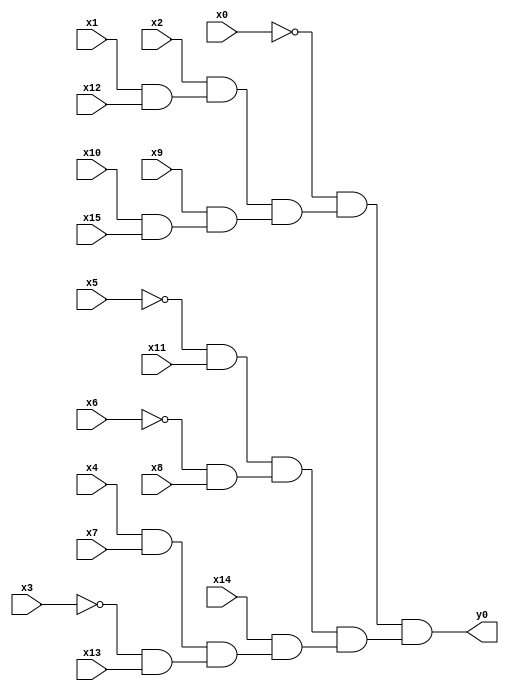
module top( x0 , x1 , x2 , x3 , x4 , x5 , x6 , x7 , x8 , x9 , x10 , x11 , x12 , x13 , x14 , x15 , y0 );
  input x0 , x1 , x2 , x3 , x4 , x5 , x6 , x7 , x8 , x9 , x10 , x11 , x12 , x13 , x14 , x15 ;
  output y0 ;
  wire n17 , n18 , n19 , n20 , n21 , n22 , n23 , n24 , n25 , n26 , n27 , n28 , n29 , n30 , n31 ;
  assign n17 = x1 & x12 ;
  assign n18 = x2 & n17 ;
  assign n19 = x10 & x15 ;
  assign n20 = x9 & n19 ;
  assign n21 = n18 & n20 ;
  assign n22 = ~x0 & n21 ;
  assign n23 = ~x5 & x11 ;
  assign n24 = ~x6 & x8 ;
  assign n25 = n23 & n24 ;
  assign n26 = x4 & x7 ;
  assign n27 = ~x3 & x13 ;
  assign n28 = n26 & n27 ;
  assign n29 = x14 & n28 ;
  assign n30 = n25 & n29 ;
  assign n31 = n22 & n30 ;
  assign y0 = n31 ;
endmodule